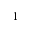
^ { - 1 }